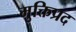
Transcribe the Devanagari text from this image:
मुक्तिप्रद